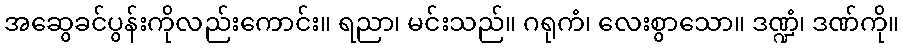
အဆွေခင်ပွန်းကိုလည်းကောင်း။ ရညာ၊ မင်းသည်။ ဂရုကံ၊ လေးစွာသော။ ဒဏ္ဍံ၊ ဒဏ်ကို။